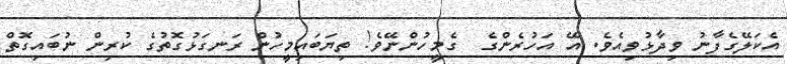
އެކަލޭގެފާނު ވިދާޅުވިއެވެ. އޭ އަހުރެންގެ  ގެމީހުންނޭވެ! ތިޔަބައިމީހުން ރަނގަޅުގޮތުގެ ކުރިން ނުބައިގޮތް